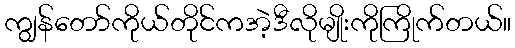
ကျွန်တော်ကိုယ်တိုင်ကအဲ့ဒီလိုမျိုးကိုကြိုက်တယ်။